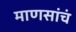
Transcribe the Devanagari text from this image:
माणसांचं